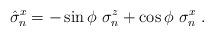
LaTeX: \begin{align*}\hat{\sigma}^x_n=-\sin \phi \ \sigma^z_n+\cos \phi \ \sigma^x_n\ . \end{align*}